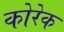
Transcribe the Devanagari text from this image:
कोरेक